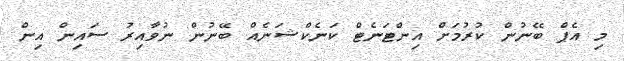
މި އެޕް ބޭނުން ކުރުމަށް އިންޓަނެޓް ކަނެކްޝަނެއް ބޭނުން ނުވާއިރު ސައިން އިން